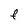
Character: F